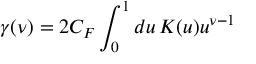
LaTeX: \gamma ( \nu ) = 2 C _ { F } \int _ { 0 } ^ { 1 } d u \, K ( u ) u ^ { \nu - 1 }